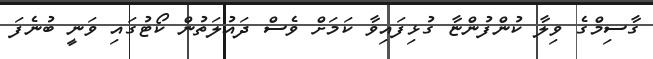
ގާސިމްގެ ވިލާ ކުންފުންޏާ ގުޅިފައިވާ ކަމަށް ވެސް ދައުލަތުން ކޯޓުގައި ވަނީ ބުނެފަ